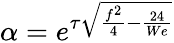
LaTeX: \alpha=e^{\tau\sqrt{\frac{f^{2}}{4}-\frac{24}{We}}}